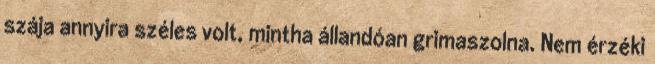
szája annyira széles volt, mintha állandóan grimaszolna. Nem érzéki